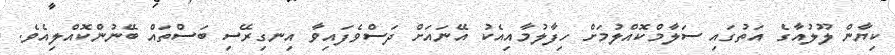
ކިޔާން ލޫލުއާގެ އަތުގައި ސަލާމްކޮއްލުމަށް ހިފާލުމާއިއެކު އޭނައަށް ދަސްވެފައިވާ އިނގިރޭސި ބަސްތައް ބޭނުންކޮއްލިއެވެ.